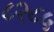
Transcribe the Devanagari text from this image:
८२८५